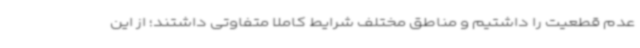
عدم قطعیت را داشتیم و مناطق مختلف شرایط کاملا متفاوتی داشتند؛ از این